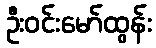
ဦးဝင်းမော်ထွန်း